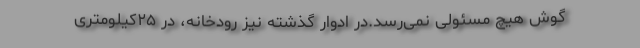
گوش هیچ مسئولی نمی‌رسد.در ادوار گذشته نیز رودخانه‌، در ۲۵کیلومتری